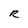
Character: R